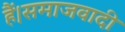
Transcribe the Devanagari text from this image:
हैं।समाजवादी